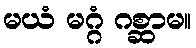
မယံ မဂ္ဂံ ဂစ္ဆာမ။